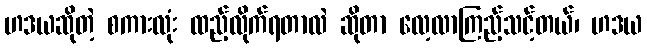
ဟဒယဆိုတဲ့ စကားလုံး ထည့်လိုက်ရတာလဲ ဆိုတာ လေ့လာကြည့်သင့်တယ်၊ ဟဒယ